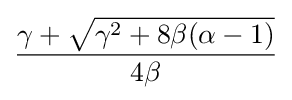
{\frac {\gamma +{\sqrt {\gamma ^{2}+8\beta (\alpha -1)}}}{4\beta }}